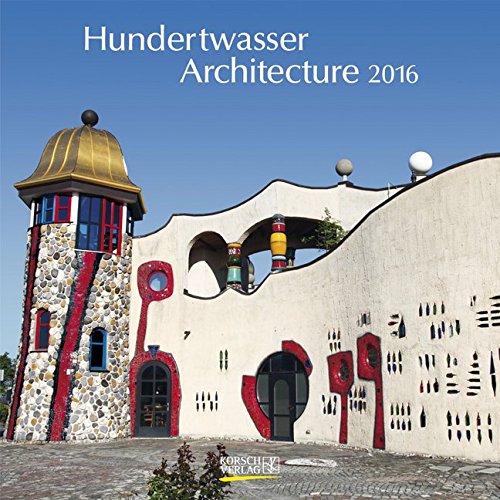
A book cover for Hundertwasser Architecture 2016. BroschÃ¼renkalender; Calendars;